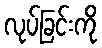
လုပ်ခြင်းကို